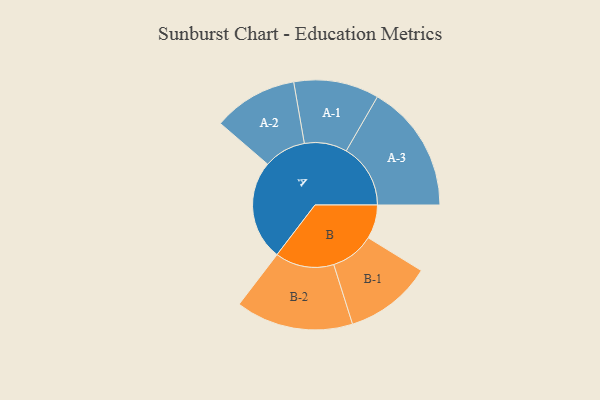
{"axis": {"x": "Segment", "y": "Value"}, "legend": ["", "A", "B"], "data": [{"x": "A", "y": 457, "type": ""}, {"x": "B", "y": 155, "type": ""}, {"x": "A-1", "y": 195, "type": "A"}, {"x": "A-2", "y": 193, "type": "A"}, {"x": "A-3", "y": 294, "type": "A"}, {"x": "B-1", "y": 200, "type": "B"}, {"x": "B-2", "y": 269, "type": "B"}]}